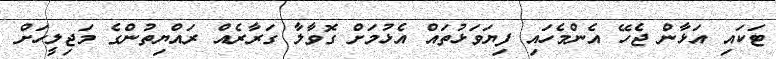
ޓަކައި އަޅާން ޖެހޭ އެންމެހައި ފިޔަވަޅުތައް އެޅުމަށް ގޮވާލާ ގަރާރެއް ރައްޔިތުންގެ މަޖިލީހަށް